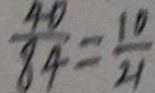
\frac { 4 0 } { 8 4 } = \frac { 1 0 } { 2 1 }